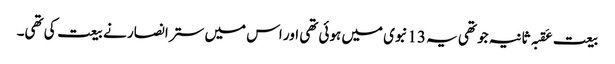
بیعت عَقبہ ثانیہ جو تھی یہ 13نبوی میں ہوئی تھی اور اس میں ستر انصار نے بیعت کی تھی۔